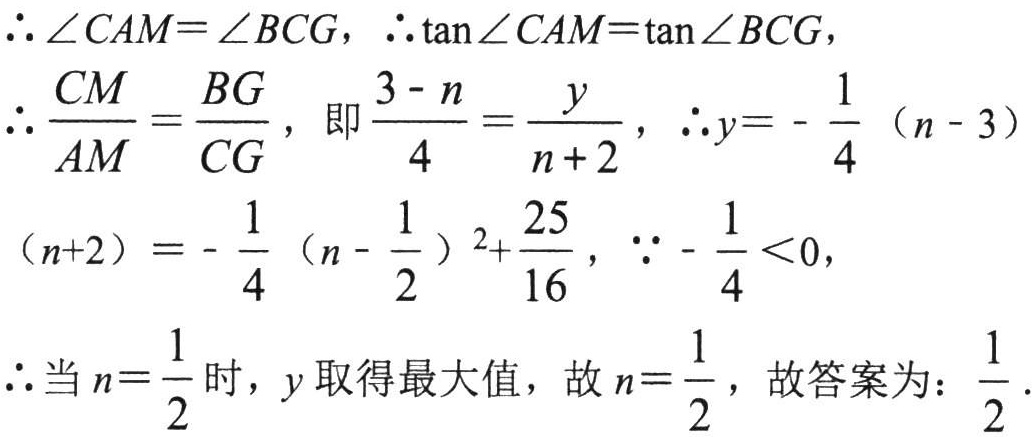
\(\therefore\angle CAM=\angle BCG\)，\(\therefore\tan\angle CAM = \tan\angle BCG\)，
\(\therefore\frac{CM}{AM}=\frac{BG}{CG}\)，即\(\frac{3 - n}{4}=\frac{y}{n + 2}\)，\(\therefore y =-\frac{1}{4}(n - 3)\)
\((n + 2)=-\frac{1}{4}(n-\frac{1}{2})^{2}+\frac{25}{16}\)，\(\because-\frac{1}{4}<0\)，
\(\therefore\)当\(n=\frac{1}{2}\)时，\(y\)取得最大值，故\(n=\frac{1}{2}\)，故答案为：\(\frac{1}{2}\).